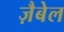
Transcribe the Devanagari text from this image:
ज़ैबेल